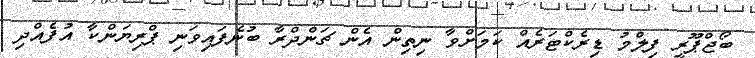
ބޯޖްޕޫރީ ފިލްމު ޑިރެކްޓަރެއް ކަމަށްވާ ނިތިން އެން ޗަންދްރާ ބުނެފައިވަނި ޕްރިޔަންކާ އުފެއްދި